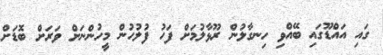
ގައި އައްޑޫގައި ބޭއްވި ހިނގާލުން ރޫޅާލުމަށް ފަހު ފުލުހުން މީހުންނަށް ވަރަށް ބޮޑަށް